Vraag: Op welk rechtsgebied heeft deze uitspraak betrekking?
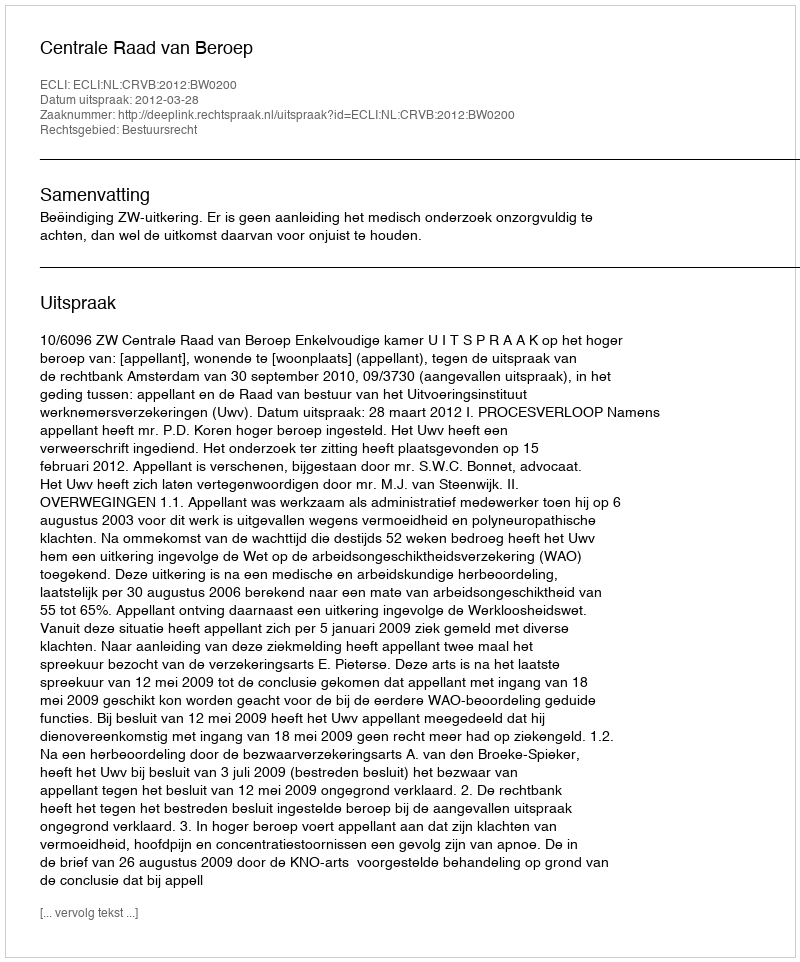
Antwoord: Bestuursrecht